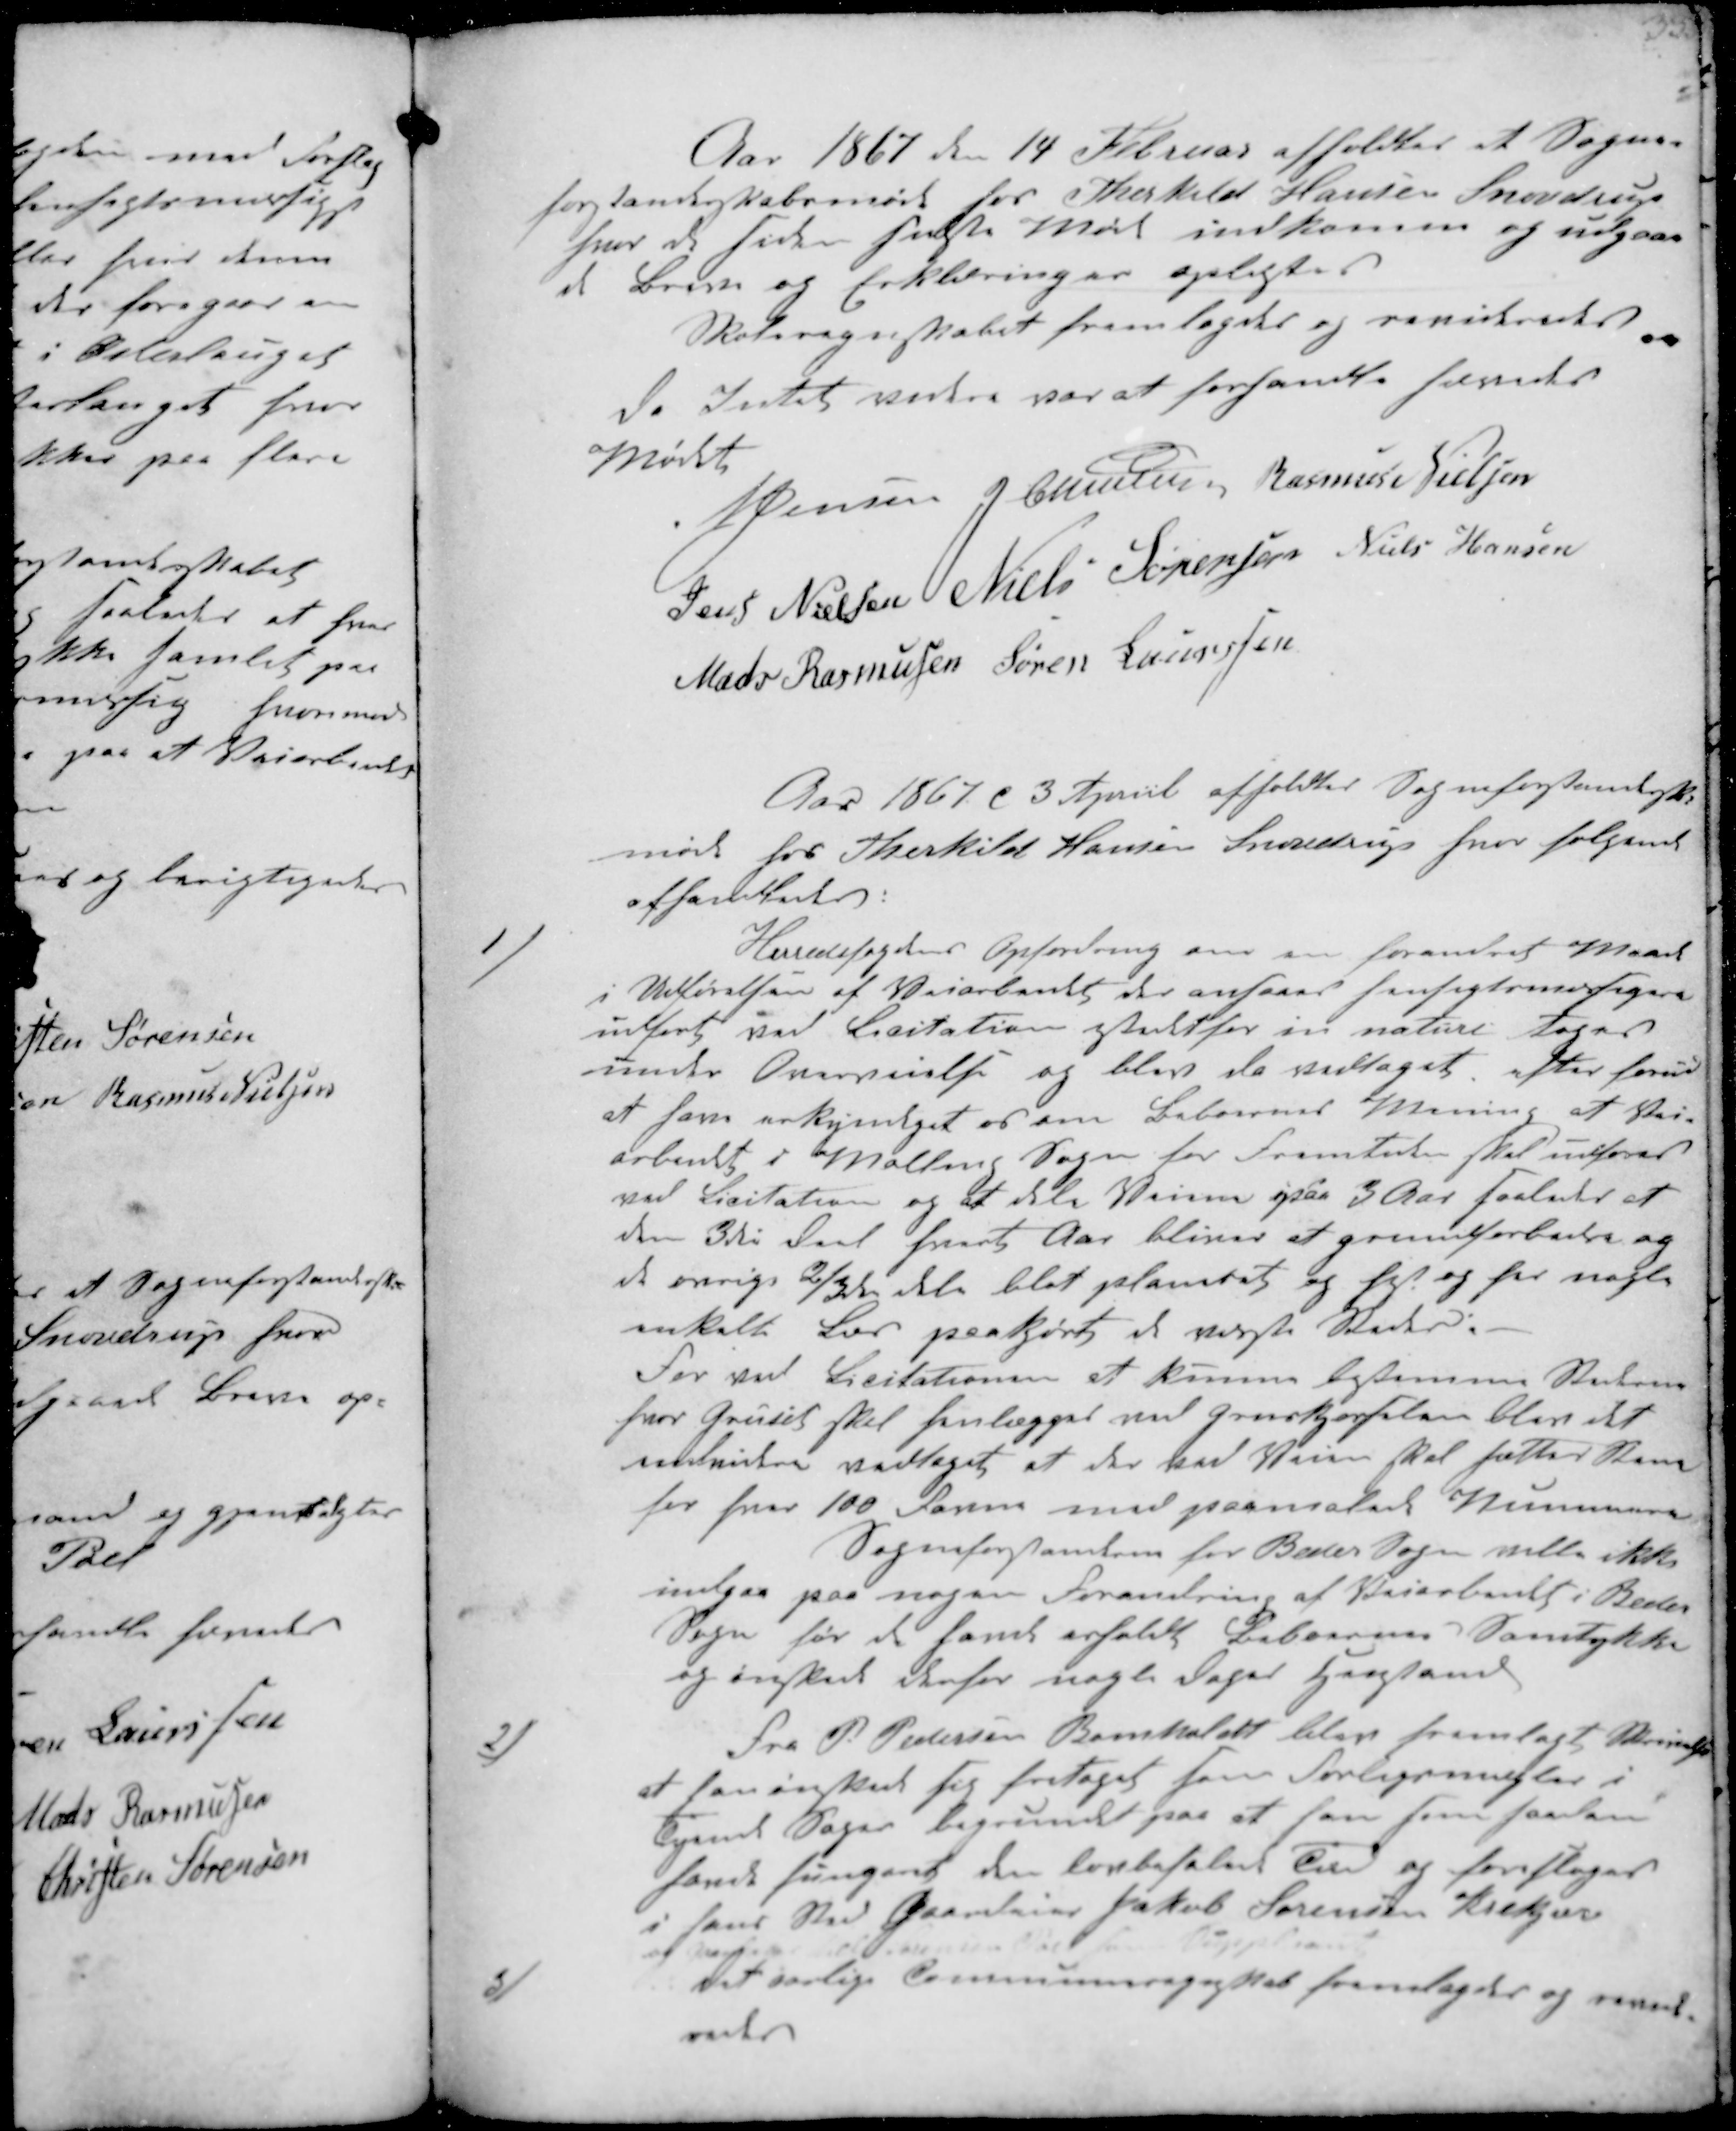
Transskription:
Aar 1867 den 14 Februar afholdtes et Sogne-
forstanderskabsmøde hos Thorkild Hansen Snovdrup
hvor de siden sidste Møde indkomme og udgaae-
de Breve og Eoklæringer oplæstes.
Skoleregnskabet fremlagdes og revideredes
Da Intet videre var at forhandle hævedes
Mødet
N Jensen J Christensen Rasmus Nielsen
Jens Nielsen Niels Sørensen Niels Hansen
Mads Rasmussen Søren Laursen

Aar 1867 d 3 April afholdtes Sogneforstanderskabs-
møde hos Therkild Hansen Snovdrup hvor følgende
afhandledes:
1/
Herredsfogdens Opfordring om en forandret Maade
i Udførelsen af Veiarbeidet der ansaaes hensigtsmæsigere
udført ved Licitation istedetfor in nature toges
under Overveielse og blev da vedtaget efter forud
at have erkyndiget os om Beboernes Mening af Vei-
arbeidet i Malling Sogn for Fremtiden skal udføres
ved Licitation og at alle Veiene paa 3 Aar saaledes af
den 3die Deel hvert Aar bliver at grundforbedre og
at øvrige 2/3 dele blot planeret og hist og her nogle
enkelte Læs paakjørt de værste Steder.
For ved Licitationen at kunne bestemme Stedeme
hvor Gruset skal henlægges ved Gruskørselen blev det
endvidere vedtaget at der ved Veien skal sættes Sten
for hver 100 Favne med paamalede Stennumre
Sogneforstanderen for Beder Sogn ville ikke
indgaa paa nogen Forandring af Veiarbeidet i Beder
Sogn før de havde erholdt Beboernes Samtykke
og ønskede derfor nogle Dages Henstand
2/
Fra P. Pedersen Bomholdt blev fremlagt Skrivelse
at han ønsket sig fritaget som Forligsmægler i
Tyende Sager begrundet paa at han som saadan
havde fungeret den lovbefalede Tid og forsloges
i hans Sted Gaardejer Jacob Sørensen Krekær
og    som Suppleant
3/
Det aarlige Communeregnskab fremlagdes og revide-
redes